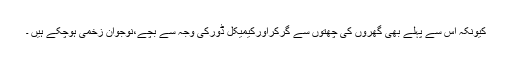
کیونکہ اس سے پہلے بھی گھروں کی چھتوں سے گرکراورکیمیکل ڈورکی وجہ سے بچے،نوجوان زخمی ہوچکے ہیں ۔